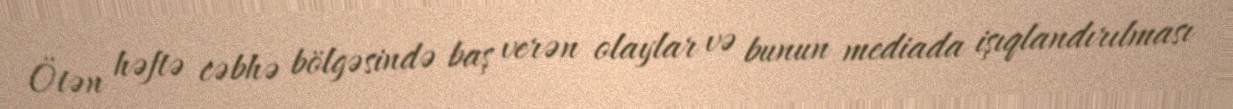
Ötən həftə cəbhə bölgəsində baş verən olaylar və bunun mediada işıqlandırılması